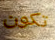
تكون